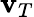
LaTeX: {\mathbf v}_{T}